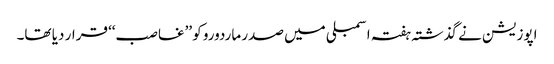
اپوزیشن نے گذشتہ ہفتہ اسمبلی میں صدر ماردورو کو ’’غاصب‘‘ قرار دیا تھا۔